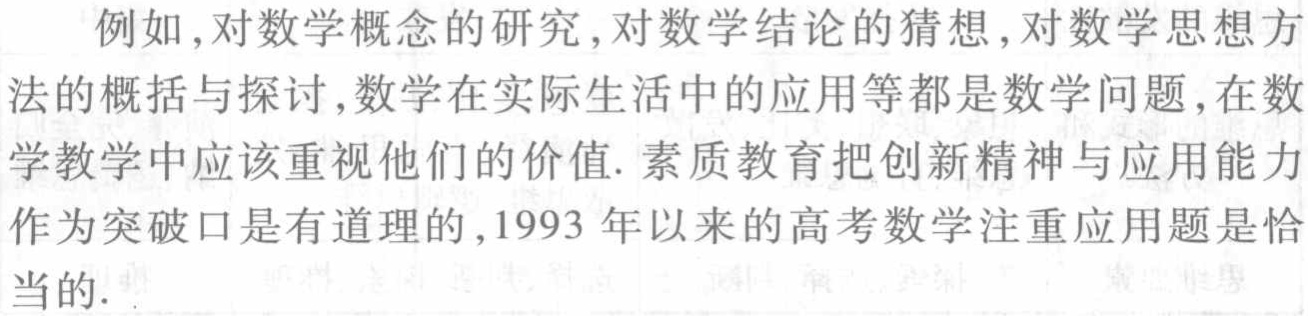
例如,对数学概念的研究,对数学结论的猜想,对数学思想方法的概括与探讨,数学在实际生活中的应用等都是数学问题,在数学教学中应该重视他们的价值. 素质教育把创新精神与应用能力作为突破口是有道理的,1993 年以来的高考数学注重应用题是恰当的.